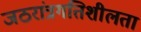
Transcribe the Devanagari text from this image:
जठरांत्रगतिशीलता